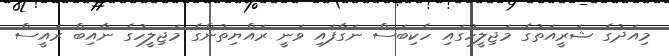
މިއަދުގެ ޝަރީއަތުގެ މަޖިލީހުގައި ހެކިބަސް ނަގާފައި ވަނީ ރައްޔިތުންގެ މަޖިލީހުގެ ނާއިބް ރައީސް